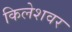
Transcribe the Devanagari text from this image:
किलेशवर